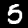
Label: 5